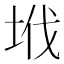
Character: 㘺